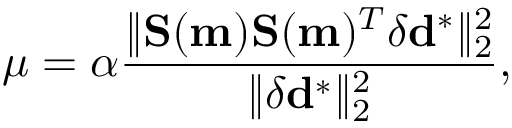
\mu = \alpha \frac { \| \mathbf { S } ( \mathbf { m } ) \mathbf { S } ( \mathbf { m } ) ^ { T } \delta \mathbf { d } ^ { * } \| _ { 2 } ^ { 2 } } { \| \delta \mathbf { d } ^ { * } \| _ { 2 } ^ { 2 } } ,